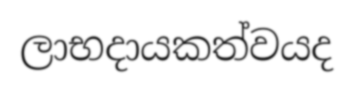
ලාභදායකත්වයද